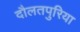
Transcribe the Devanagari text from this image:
दौलतपुरिया